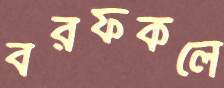
বরফকলে